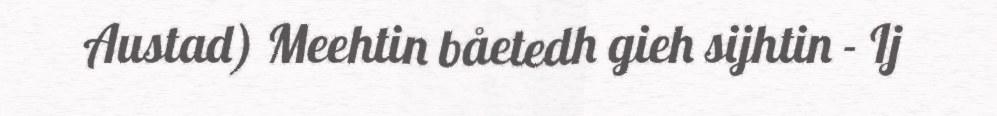
Austad) Meehtin båetedh gieh sijhtin - Ij